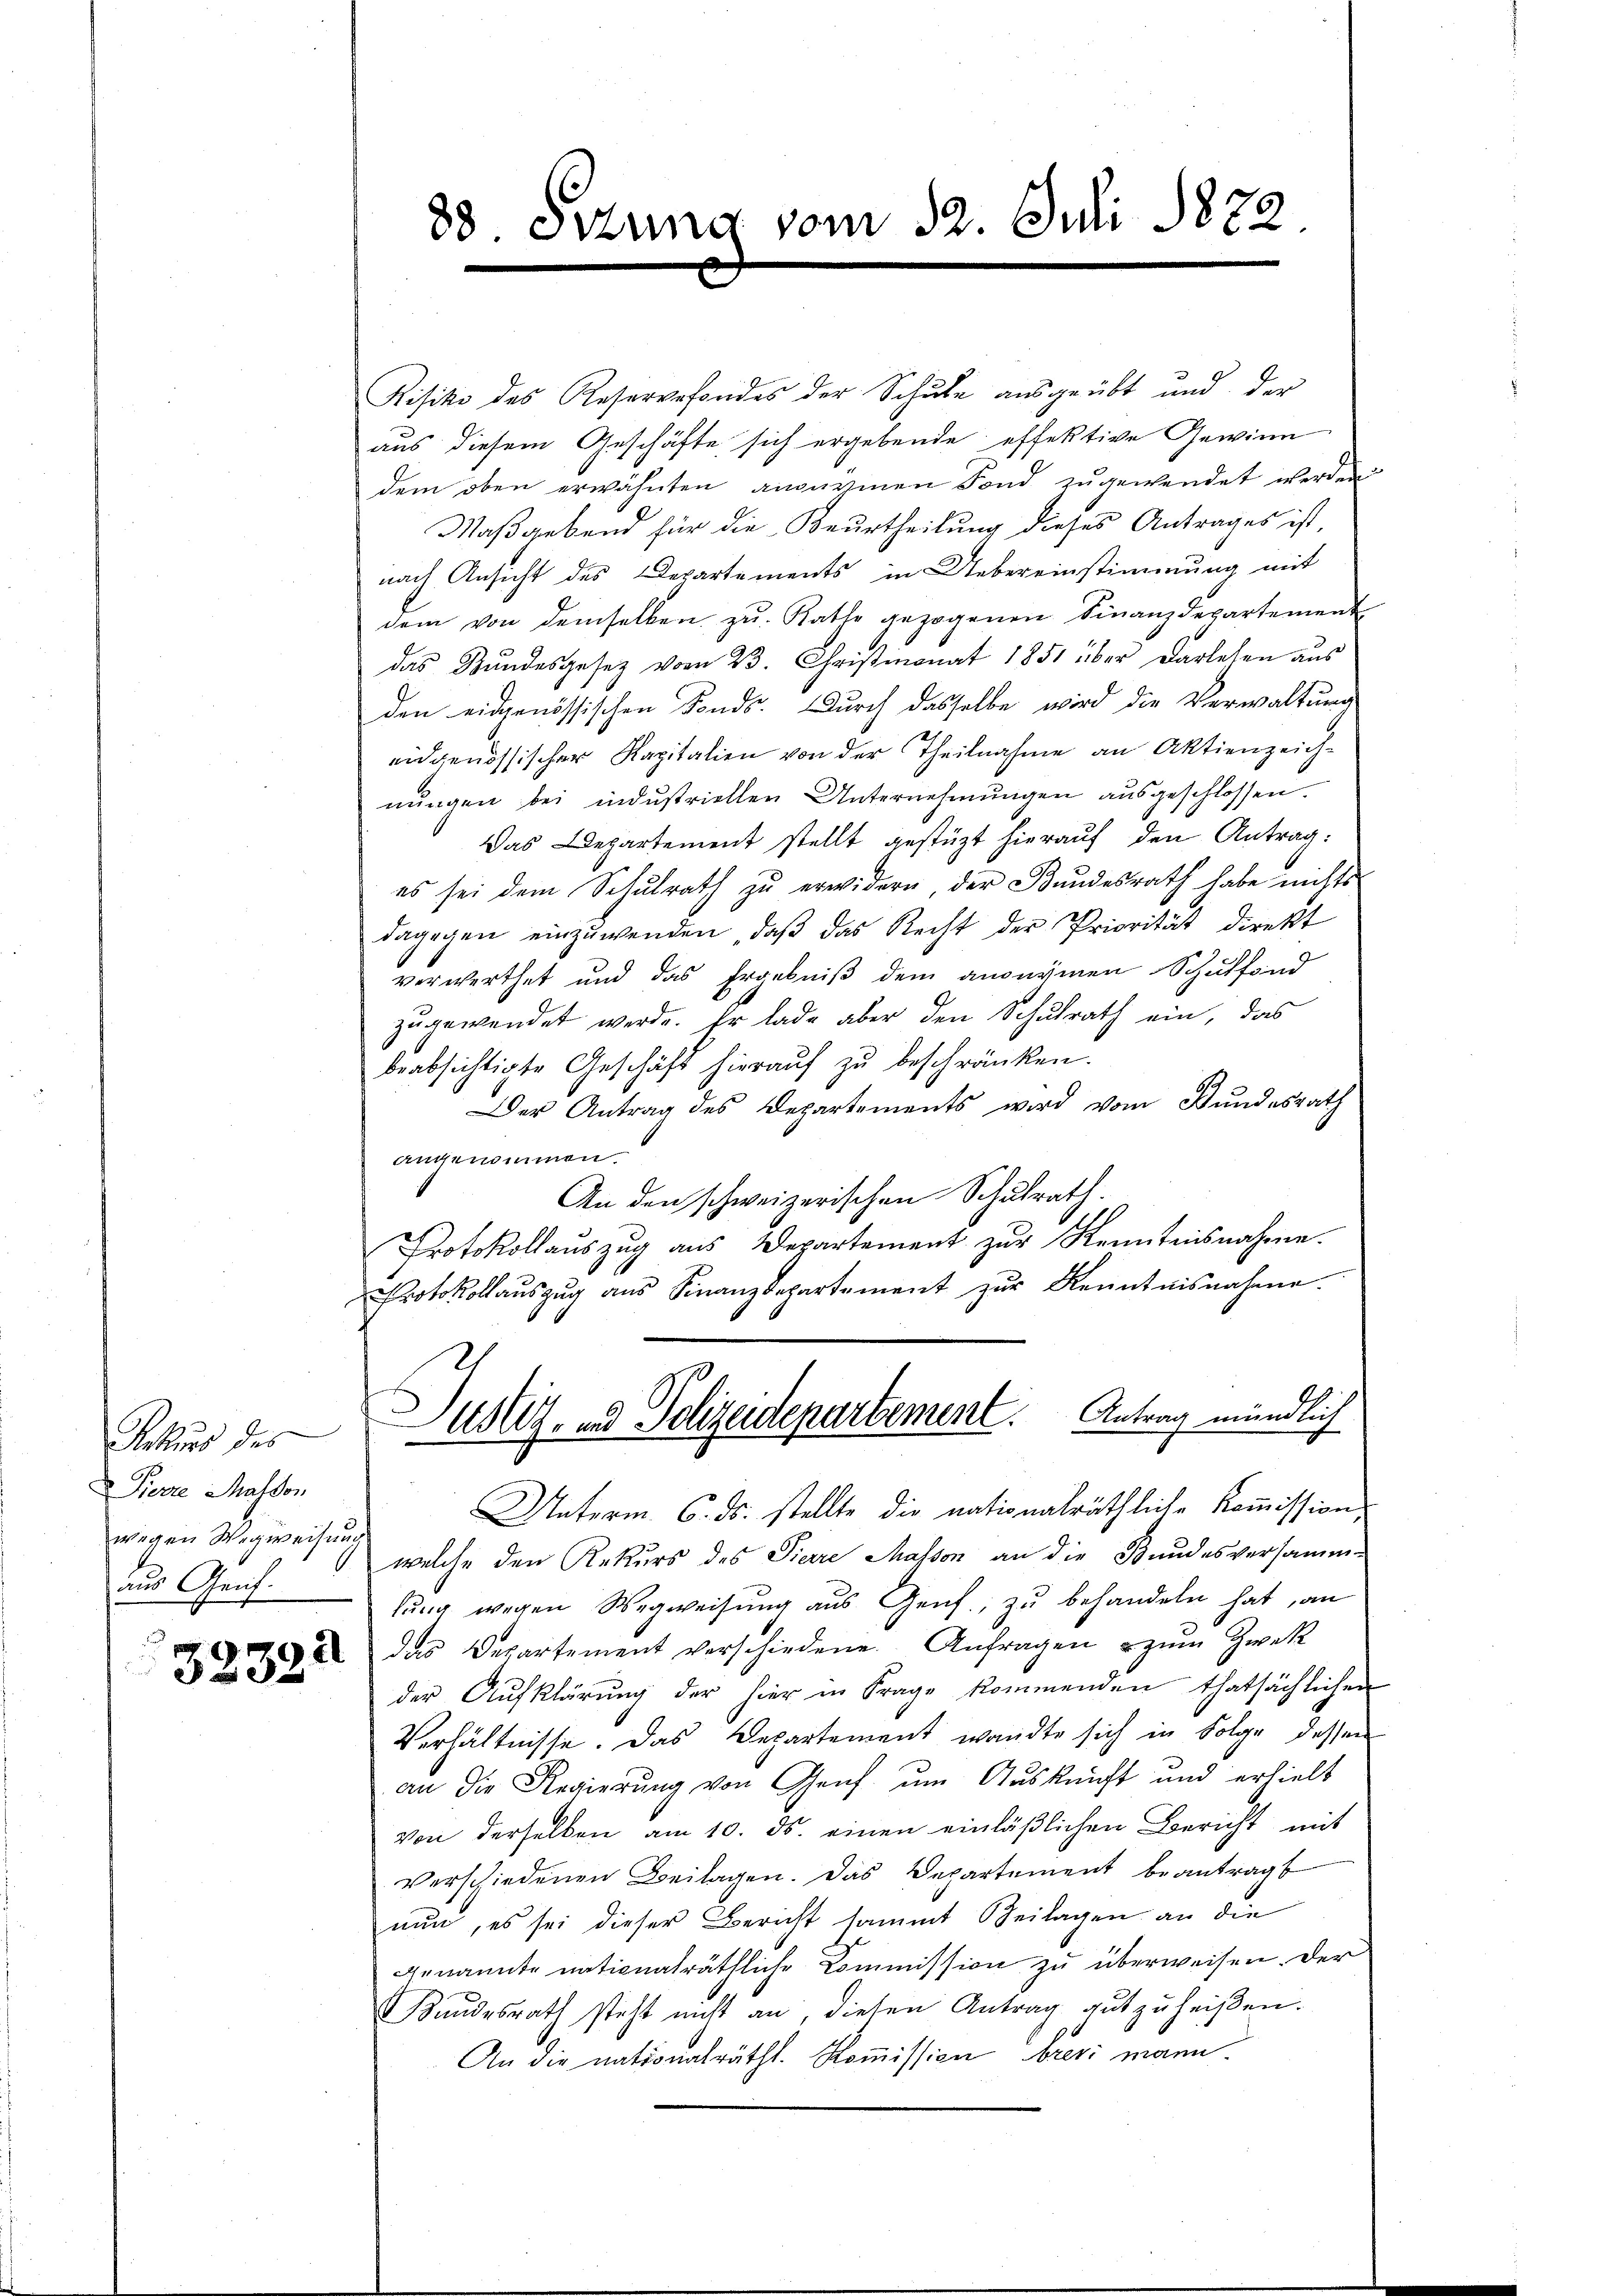
Rekurs des
Pierre Massen
wegen Wegweisung
aus Genf.

und
3805

88. Stung vom 12. Juli 1872

Risiko des Reservefondes der Schule ausgeübt und der
aus diesem Geschäfte sich ergebende effektive Gewinn
dem oben erwähnten anzurinen Fond zugewendet werden
Maßgebend für die Beurtheilung dieses Antrages ist,
nach Ansicht des Departements in Uebereinstimmung mit
dem von demselben zu. Rathe gezogenen Finanzdepartement
das Bundesgesetz vom 23. Christmonat 1851 über Darlesen aus
den eidgenössischen Fonds. Durch dasselbe wird die Verwaltung
eidgenössischer Kapitalien von der Theilnahme an Aktienzeich-
nungen bei industriellen Unternehmungen ausgeschlossen.
Das Departement stellt gestüzt hierauf den Antrag:
es sei dem Schulrath zu erwidern, der Bundesrath habe nichts
dagegen einzuwenden, daβ das Recht der Priorität direkt
verwerthet und das Ergebniß dem anonymen Schulfond
zugewendet werde. Er lade aber den Schulrath ein, das
beabsichtigte Geschäft hierauf zu beschränken.
Der Antrag des Departements wird vom Bundesrath
angenommen.
An den schweizerischen Schulrath.
Protokollaŭszŭg aŭs Departement zŭr Kenntnisnahme.
Protokollaŭszŭg aŭs Finanzdepartement zŭr Kenntnisnahme.
ustiz- und Polizeidepartement. Antrag mündlich
Unterm 6. ds. stellte die nationalräthliche Kommission
welche den Rekurs des Tiere Masson an die Bundesversamm-
lung wegen Wegweisung aus Genf, zu behandeln hat, an
da das Departement verschiedene Anfragen zŭm Zwek
der Aufklärung der hier in Frage kommenden thatsächlichen
Verhältnisse. Das Departement wandte sich in Folge dessen
an die Regierung von Genf um Auskunft und erhielt
Von derselben am 10. ds. einen einläβlichen Bericht mit
verschiedenen Beilagen. Das Departement beantragt
nun, es sei dieser Bericht sammt Beilagen an die
genannte nationalräthliche Commission zu überweisen der
Kundesrath steht nicht an, diesen Antrag gutzuheißen.
An die nationalrätht. Koṁission brevi mann